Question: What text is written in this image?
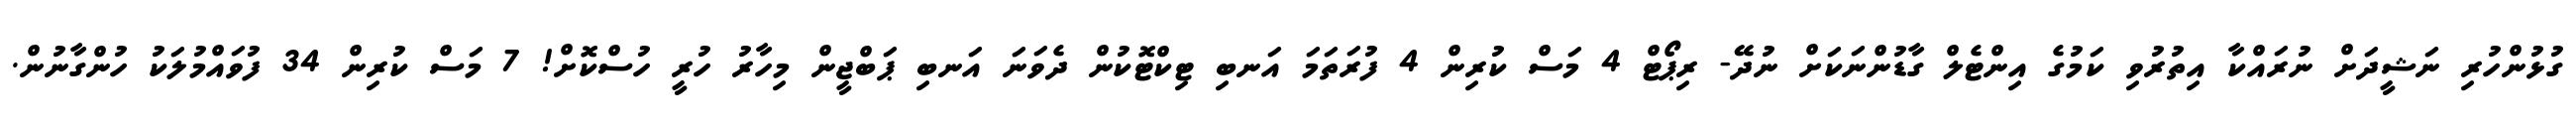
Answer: ގުޅުންހުރި ނަޝީދަށް ނުރައްކާ އިތުރުވި ކަމުގެ އިންޓެލް ގާޑުންނަކަށް ނުދޭ- ރިޕޯޓް 4 މަސް ކުރިން 4 ފުރަތަމަ އަނބި ޓިކްޓޮކުން ދެވަނަ އަނބި ޕަބްޖީން މިހާރު ހުރީ ހުސްކޮށް! 7 މަސް ކުރިން 34 ފުވައްމުލަކު ހުންގާނުން.